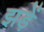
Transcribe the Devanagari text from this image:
झड़ें